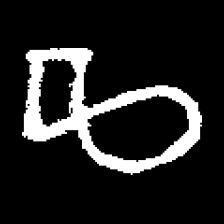
Pyu character \u2014 Myanmar letter: ဆ (romanized: cha)